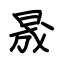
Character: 晟